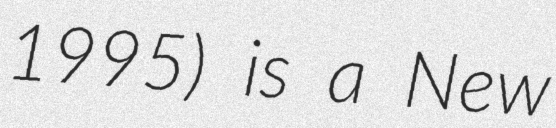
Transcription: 1995) is a New